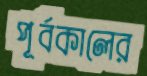
পূর্বকালের